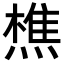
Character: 𬋈